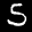
Label: 5